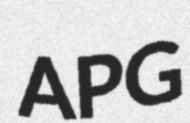
APG